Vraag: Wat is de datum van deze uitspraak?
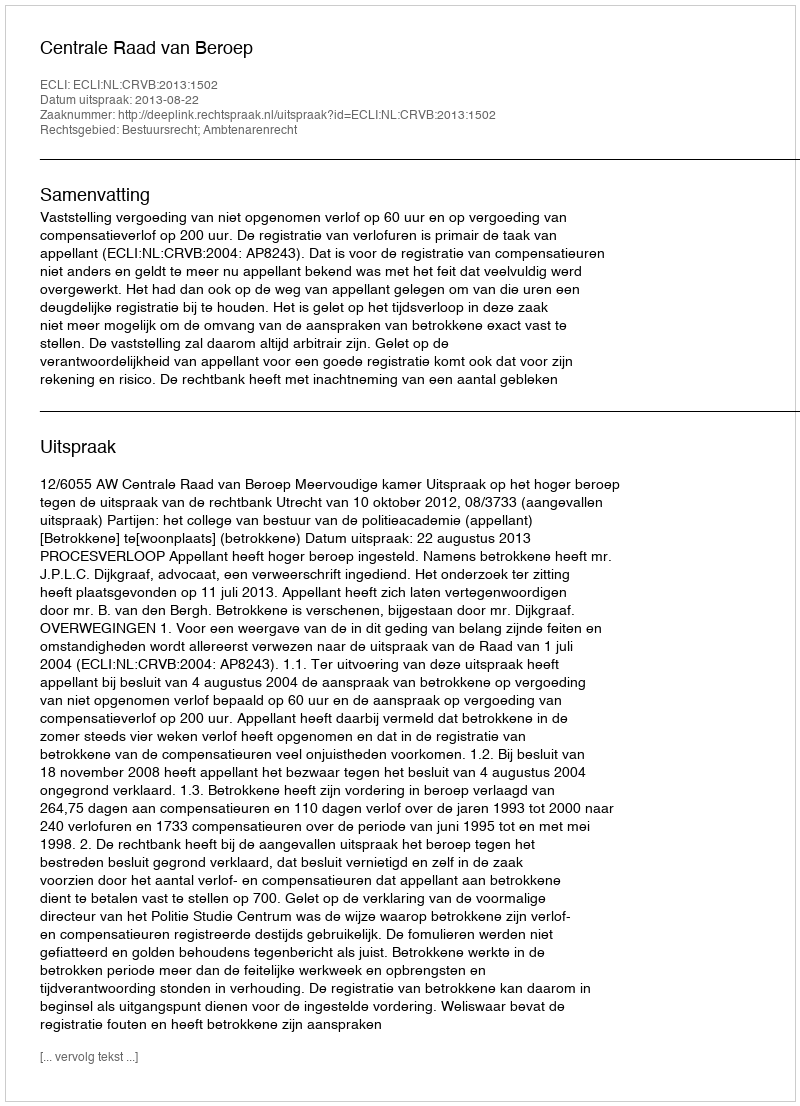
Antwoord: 2013-08-22